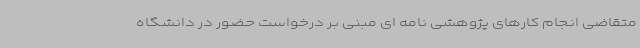
متقاضی انجام کارهای پژوهشی نامه ای مبنی بر درخواست حضور در دانشگاه